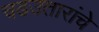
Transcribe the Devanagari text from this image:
चढउतारांचे